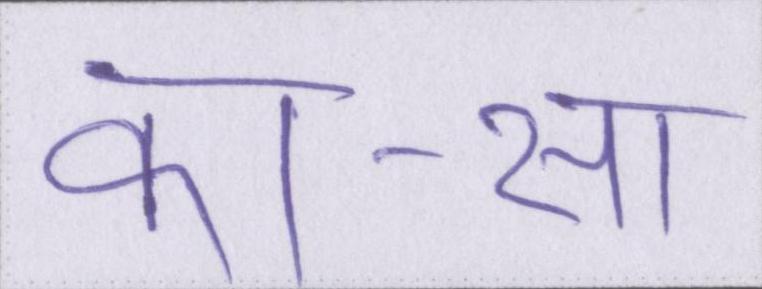
का-सा